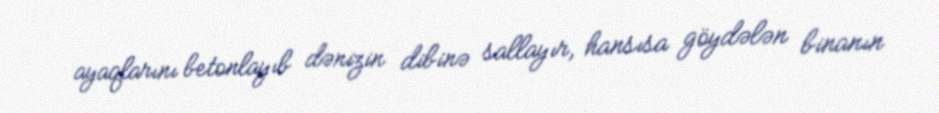
ayaqlarını betonlayıb dənizin dibinə sallayır, hansısa göydələn binanın